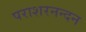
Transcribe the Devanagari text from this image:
पराशरनन्दन